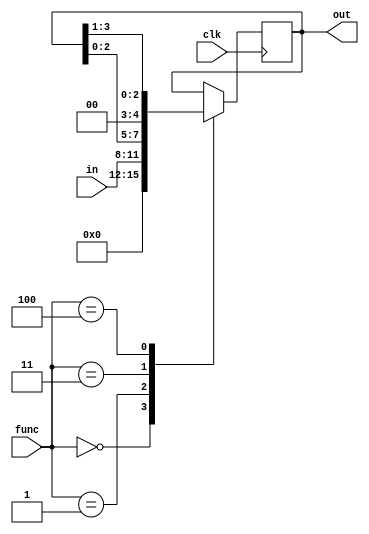
module RegisterY(clk, func, in, out);

input wire clk;
input wire [2:0] func;
input wire [3:0] in;
output reg [3:0] out;

parameter CLEAR = 3'b000;
parameter LOAD = 3'b001;
parameter HOLD = 3'b010;
parameter SL = 3'b011;
parameter SR = 3'b100;

always @(posedge clk) begin
	case(func)
		CLEAR:
			out <= 4'b0000;
		LOAD:
			out <= in;
		HOLD:
			out <= out;
		SL:
			out <= (out << 1);
		SR:
			out <= (out >> 1);
	endcase
end

endmodule